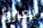
يعبروا